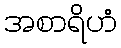
အစာရိဟံ